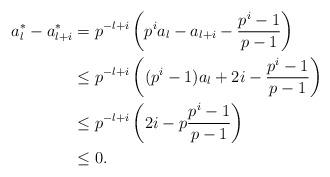
LaTeX: \begin{align*}a_l^*-a_{l+i}^*&=p^{-{l+i}}\left(p^ia_l-a_{l+i}-\frac{p^i-1}{p-1}\right)\\&\leq p^{-{l+i}}\left((p^i-1)a_l+2i-\frac{p^i-1}{p-1}\right)\\&\leq p^{-{l+i}}\left(2i-p\frac{p^i-1}{p-1}\right)\\&\leq 0.\end{align*}